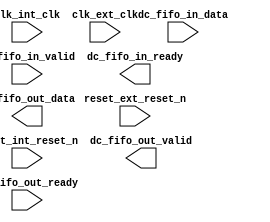

module avalon_dc_fifo (
	reset_ext_reset_n,
	clk_int_clk,
	reset_int_reset_n,
	clk_ext_clk,
	dc_fifo_in_data,
	dc_fifo_in_valid,
	dc_fifo_in_ready,
	dc_fifo_out_data,
	dc_fifo_out_valid,
	dc_fifo_out_ready);	

	input		reset_ext_reset_n;
	input		clk_int_clk;
	input		reset_int_reset_n;
	input		clk_ext_clk;
	input	[63:0]	dc_fifo_in_data;
	input		dc_fifo_in_valid;
	output		dc_fifo_in_ready;
	output	[63:0]	dc_fifo_out_data;
	output		dc_fifo_out_valid;
	input		dc_fifo_out_ready;
endmodule